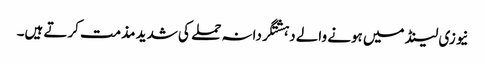
نیوزی لینڈ میں ہونے والے دہشتگردانہ حملے کی شدید مذمت کرتے ہیں۔